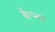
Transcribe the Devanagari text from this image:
केप्नर